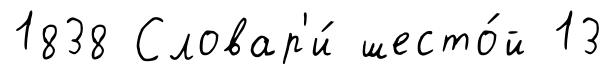
1838 Словар'и́ шесто́й 13